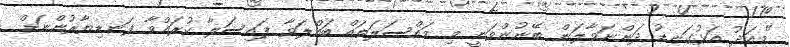
"މިއަދު އަޅުގަނޑު ދަންނަވާލަން ބޭނުންވަނީ މި މައްސަލަތައް ބައްލަވާ ފައިސަލާ ކުރައްވާ ފަނޑިޔާރުންނަށް